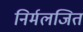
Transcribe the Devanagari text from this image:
निर्मलजित